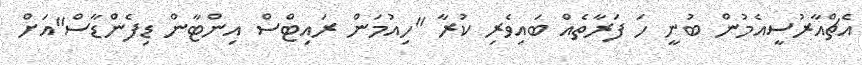
އެޗްއާރުސީއެމުން ބުނީ ހަ ފަރާތެއް ބައިވެރި ކުރާ "ހިއުމަން ރައިޓްސް އިންޓާން ޑިފެންޑާސް"އަށް